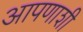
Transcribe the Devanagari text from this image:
आपणाशी